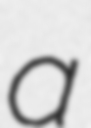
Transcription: a